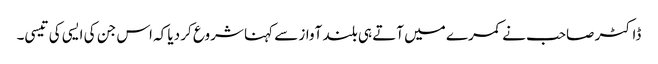
ڈاکٹر صاحب نے کمرے میں آتے ہی بلند آواز سے کہنا شروع کر دیا کہ اس جن کی ایسی کی تیسی۔